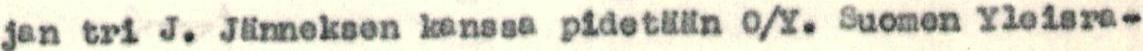
jan tri J. Jänneksen kanssa pidetään O/Y. Suomen Yleisra-